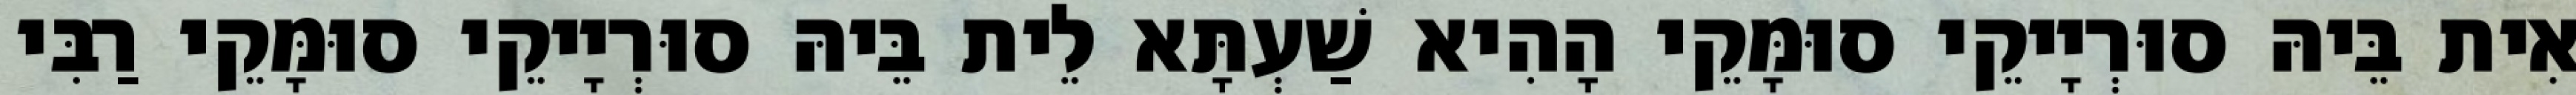
אִית בֵּיהּ סוּרְיָיקֵי סוּמָּקֵי הָהִיא שַׁעְתָּא לֵית בֵּיהּ סוּרְיָיקֵי סוּמָּקֵי רַבִּי